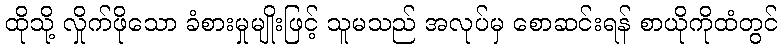
ထိုသို့ လှိုက်ဖိုသော ခံစားမှုမျိုးဖြင့် သူမသည် အလုပ်မှ စောဆင်းရန် စာယိုကိုထံတွင်